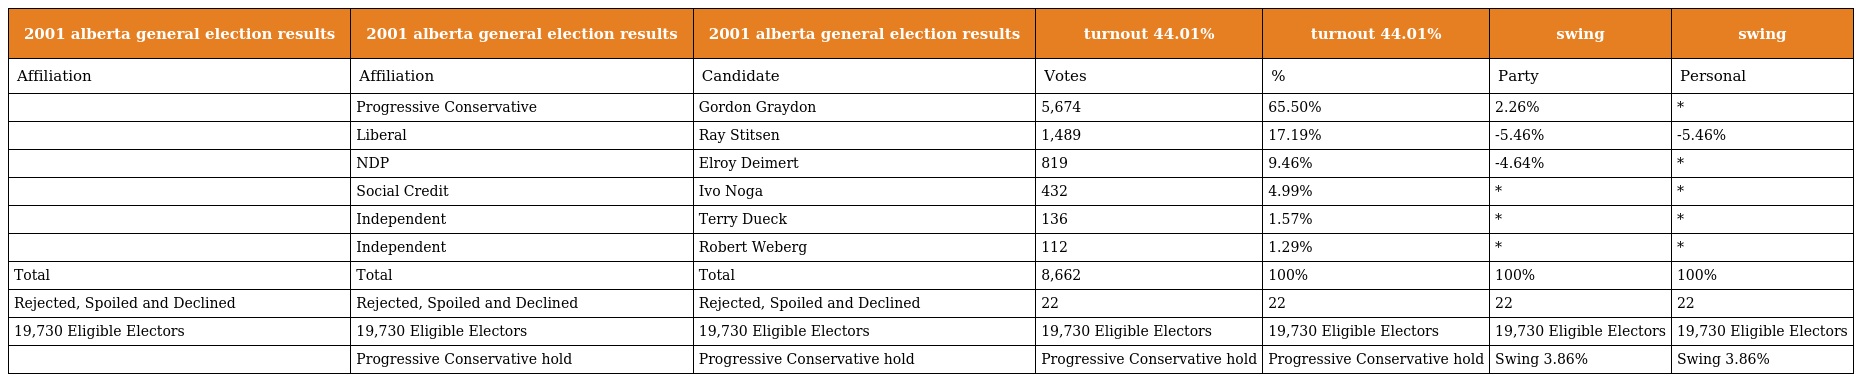
| 2001 alberta general election results | 2001 alberta general election results | 2001 alberta general election results | turnout 44.01% | turnout 44.01% | swing | swing |
 | --- | --- | --- | --- | --- | --- | --- |
 | Affiliation | Affiliation | Candidate | Votes | % | Party | Personal |
 |  | Progressive Conservative | Gordon Graydon | 5,674 | 65.50% | 2.26% | * |
 |  | Liberal | Ray Stitsen | 1,489 | 17.19% | -5.46% | -5.46% |
 |  | NDP | Elroy Deimert | 819 | 9.46% | -4.64% | * |
 |  | Social Credit | Ivo Noga | 432 | 4.99% | * | * |
 |  | Independent | Terry Dueck | 136 | 1.57% | * | * |
 |  | Independent | Robert Weberg | 112 | 1.29% | * | * |
 | Total | Total | Total | 8,662 | 100% | 100% | 100% |
 | Rejected, Spoiled and Declined | Rejected, Spoiled and Declined | Rejected, Spoiled and Declined | 22 | 22 | 22 | 22 |
 | 19,730 Eligible Electors | 19,730 Eligible Electors | 19,730 Eligible Electors | 19,730 Eligible Electors | 19,730 Eligible Electors | 19,730 Eligible Electors | 19,730 Eligible Electors |
 |  | Progressive Conservative hold | Progressive Conservative hold | Progressive Conservative hold | Progressive Conservative hold | Swing 3.86% | Swing 3.86% |